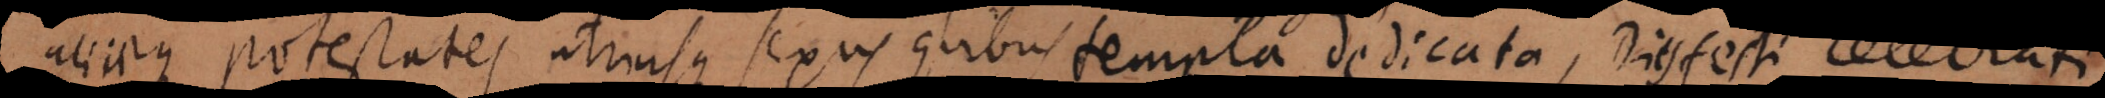
aliaeque potestates utriusque sexus quibus templa dedicata, Dies fe